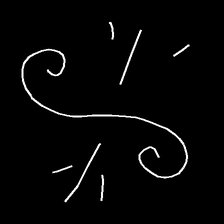
Glyph: wind-directs-air